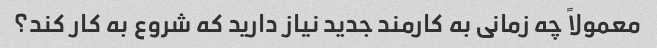
معمولاً چه زمانی به کارمند جدید نیاز دارید که شروع به کار کند؟